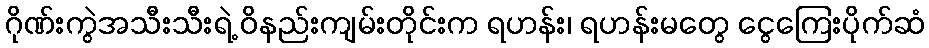
ဂိုဏ်းကွဲအသီးသီးရဲ့ ဝိနည်းကျမ်းတိုင်းက ရဟန်း၊ ရဟန်းမတွေ ငွေကြေးပိုက်ဆံ